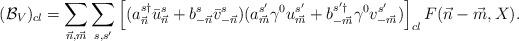
LaTeX: \begin{align*}({\cal B}_V)_{cl} = \sum_{{\vec n},{\vec m}} \sum_{s,s'} \left[(a^{s\dagger}_{\vec n} \bar{u}^s_{\vec n} +b^{s}_{-{\vec n}} \bar{v}^s_{-{\vec n}})(a^{s'}_{\vec m}\gamma^0 u^{s'}_{\vec m} +b^{s'\dagger}_{-{\vec m}}\gamma^0 v^{s'}_{-{\vec m}})\right]_{cl}F({\vec n}-{\vec m},X).\end{align*}